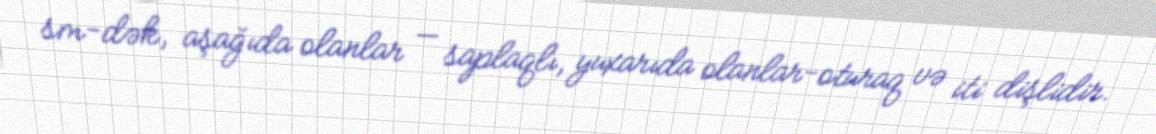
sm-dək, aşağıda olanlar — saplaqlı, yuxarıda olanlar-oturaq və iti dişlidir.